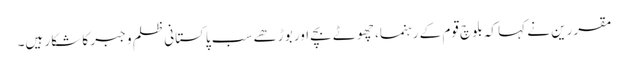
مقررین نے کہا کہ بلوچ قوم کے رہنما، چھوٹے بچے اور بوڑھے سب پاکستانی ظلم و جبر کا شکار ہیں۔